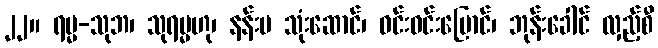
၂၂။ ရမ္မ-သုဘ၊ သုရမ္မဟု၊ နန်းမ သုံးဆောင်၊ ဝင်းဝင်းပြောင်၊ ဘုန်းခေါင် လှည့်စီ